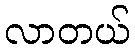
လာတယ်